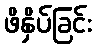
ဖိနှိပ်ခြင်း